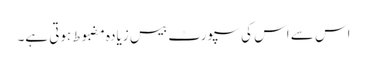
اس سے اس کی سپورٹ بیس زیادہ مضبوط ہوتی ہے۔